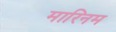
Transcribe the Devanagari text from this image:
मारिनम